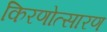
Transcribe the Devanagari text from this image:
किरणोत्सारण